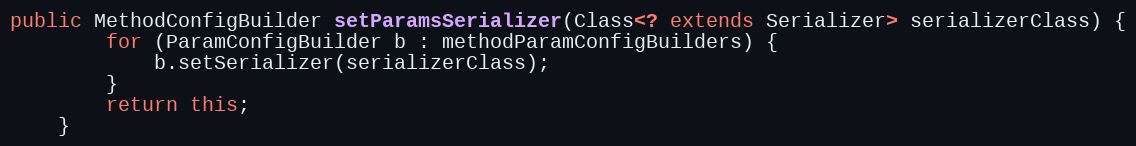
Language: Java
public MethodConfigBuilder setParamsSerializer(Class<? extends Serializer> serializerClass) {
        for (ParamConfigBuilder b : methodParamConfigBuilders) {
            b.setSerializer(serializerClass);
        }
        return this;
    }